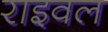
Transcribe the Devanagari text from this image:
राइवल